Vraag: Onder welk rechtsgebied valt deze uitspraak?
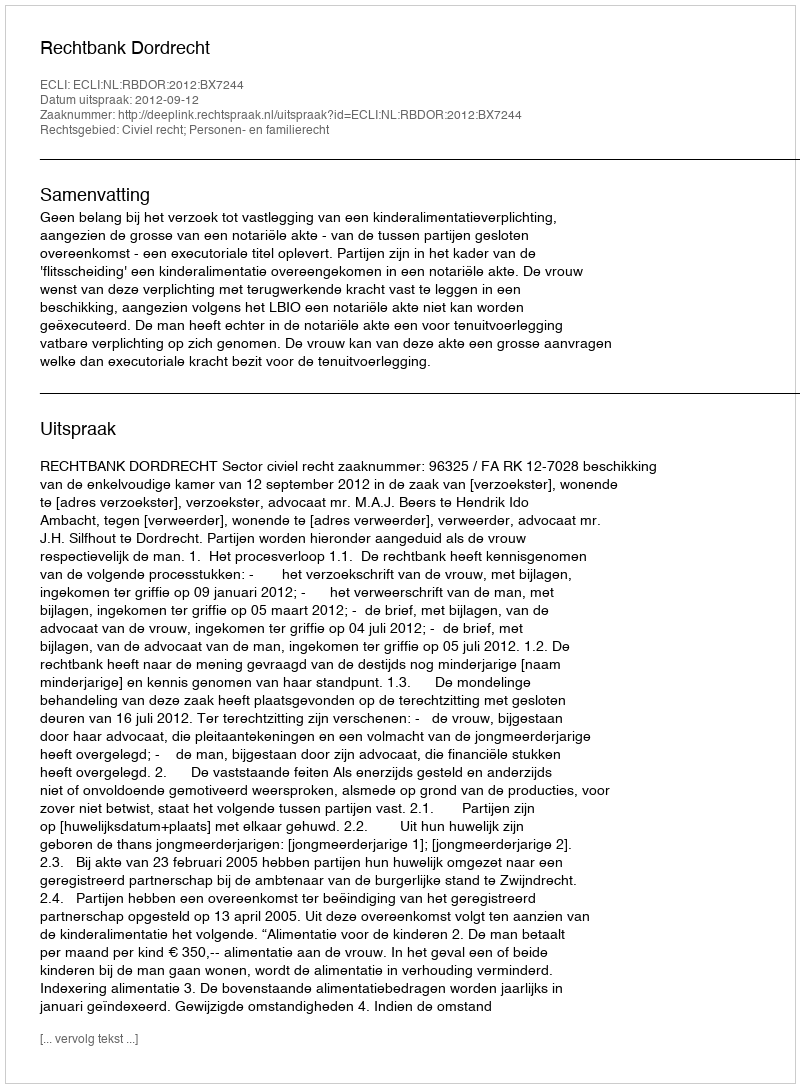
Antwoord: Civiel recht; Personen- en familierecht